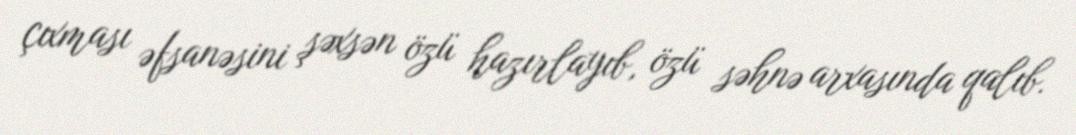
çıxması əfsanəsini şəxsən özü hazırlayıb, özü səhnə arxasında qalıb.